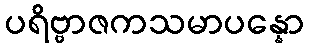
ပရိဗ္ဗာဇကသမာပန္နော